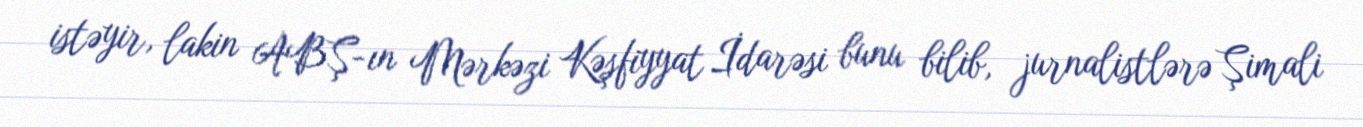
istəyir, lakin ABŞ-ın Mərkəzi Kəşfiyyat İdarəsi bunu bilib, jurnalistlərə Şimali